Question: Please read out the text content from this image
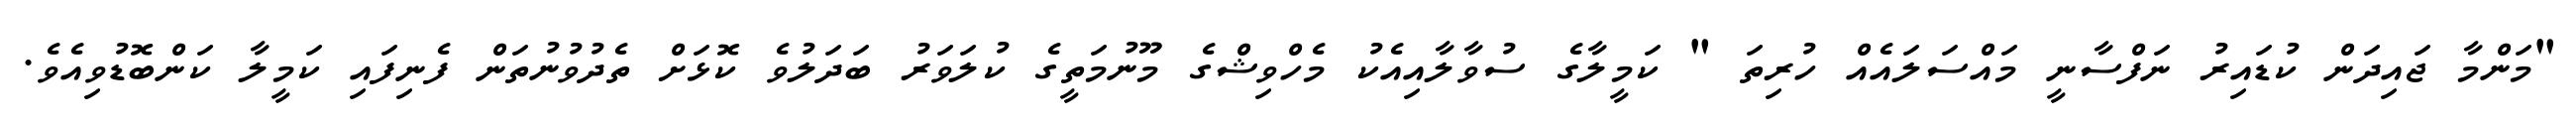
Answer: "މަންމާ ޖައިދަން ކުޑައިރު ނަފްސާނީ މައްސަލައެއް ހުރިތަ " ކަމީލާގެ ސުވާލާއިއެކު މެހްވިޝްގެ މޫނުމަތީގެ ކުލަވަރު ބަދަލުވެ ކޮޅަށް ތެދުވުނުތަން ފެނިފައި ކަމީލާ ކަންބޮޑުވިއެވެ.